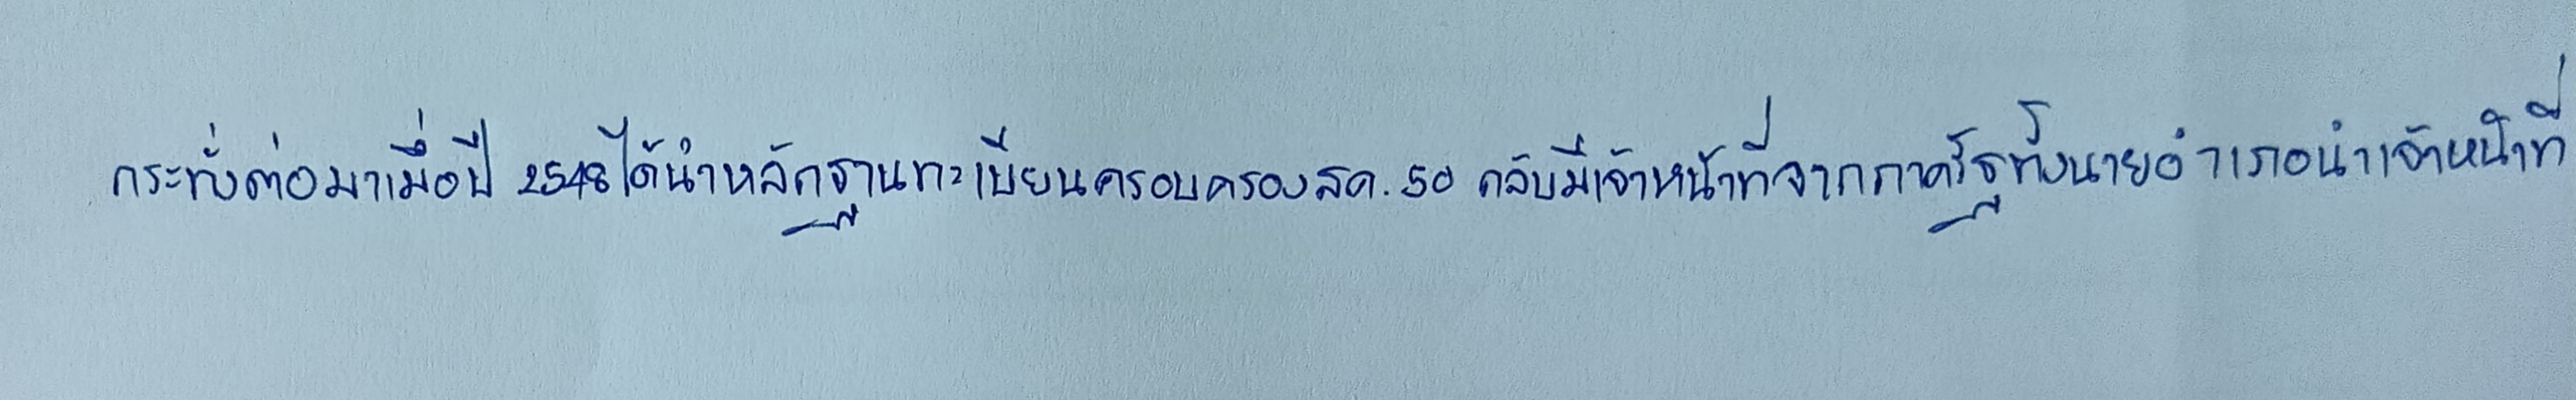
กระทั่งต่อมาเมื่อปี2548ได้นำหลักฐานทะเบียนครอบครองสค.50กลับมีเจ้าหน้าที่จากภาครัฐทั้งนายอำเภอนำเจ้าหน้าที่